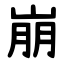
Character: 崩